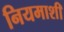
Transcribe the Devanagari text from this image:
नियमाशी